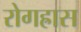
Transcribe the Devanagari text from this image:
रोगह्रास